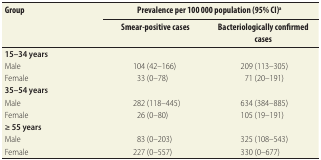
| <ROWSPAN=2> Group | <COLSPAN=2> Prevalence per 100 000 population (95% CI)a |
 | Smear-positive cases | Bacteriologically confirmed cases |
 | --- | --- | --- |
 | 15–34 years |  |  |
 | Male | 104 (42–166) | 209 (113–305) |
 | Female | 33 (0–78) | 71 (20–191) |
 | 35–54 years |  |  |
 | Male | 282 (118–445) | 634 (384–885) |
 | Female | 26 (0–80) | 105 (19–191) |
 | ≥ 55 years |  |  |
 | Male | 83 (0–203) | 325 (108–543) |
 | Female | 227 (0–557) | 330 (0–677) |